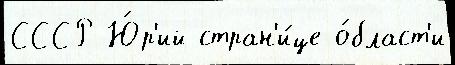
СССР Ю́р'ий стран'и́це о́бласт'и